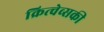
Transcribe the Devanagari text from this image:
क्रित्चेव्सकी